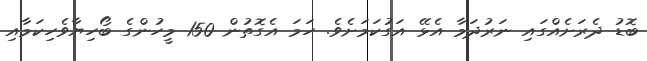
ބޮޑު ދެރަށެއްގައި ނަރުދަމާ އެޅޭ އަގުކަމަށެވެ. ހަމަ އެގޮތުން 150 މީހުންގެ ބޯހިޔާވެހިކަމާއި